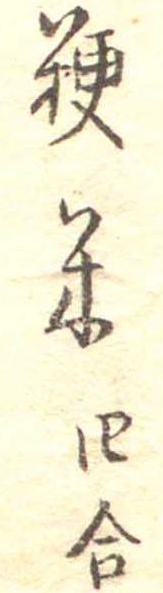
粳米四合